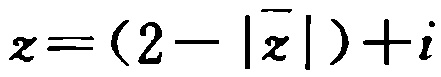
\(z=(2 - |\overline{z}|)+i\)